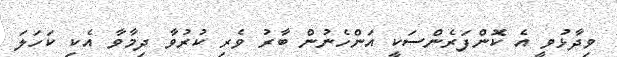
ވިދާޅުވީ އެ ކޮންފަރެންސަކީ އަންހެނުން ބާރު ވެރި ކުރުވާ ދިމާވާ އެކި ކަހަލަ